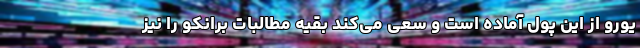
یورو از این پول آماده است و سعی می‌کند بقیه مطالبات برانکو را نیز